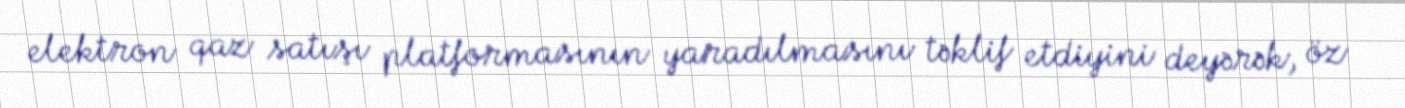
elektron qaz satışı platformasının yaradılmasını təklif etdiyini deyərək, öz